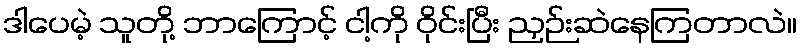
ဒါပေမဲ့ သူတို့ ဘာကြောင့် ငါ့ကို ဝိုင်းပြီး ညှဉ်းဆဲနေကြတာလဲ။